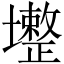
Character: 𡓟